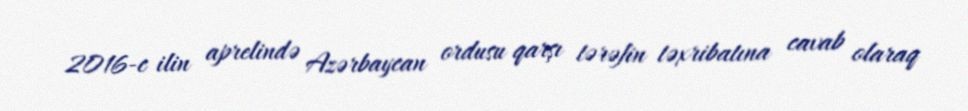
2016-c ilin aprelində Azərbaycan ordusu qarşı tərəfin təxribatına cavab olaraq